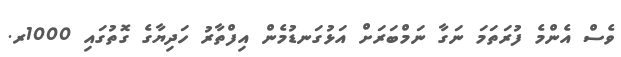
ވެސް އެންމެ ފުރަތަމަ ނަގާ ނަމްބަރަށް އަޅުގަނޑުމެން އިފްތާރު ހަދިޔާގެ ގޮތުގައި 1000ރ.